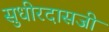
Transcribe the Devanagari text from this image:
सुधीरदासजी